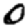
Digit: 0